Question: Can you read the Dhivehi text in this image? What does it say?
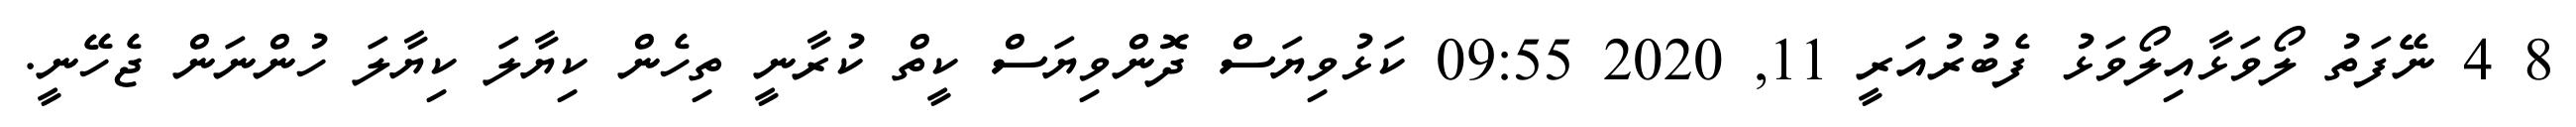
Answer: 8 4 ނޭފަތު ލޯވަޅާއިލޯވަޅު ފެބުރުއަރީ 11, 2020 09:55 ކަޅުވިޔަސް ދޮންވިޔަސް ކީތް ކުރާނީ ތިހެން ކިޔާލަ ކިޔާލަ ހުންނަން ޖެހޭނީ.